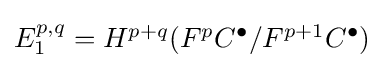
{\textstyle E_{1}^{p,q}=H^{p+q}(F^{p}C^{\bullet }/F^{p+1}C^{\bullet })}